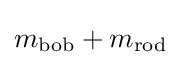
m_{\mathrm {bob} }+m_{\mathrm {rod} }